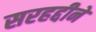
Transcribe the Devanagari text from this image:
सरहद्दीने